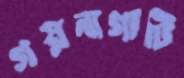
গয়নাগাটি